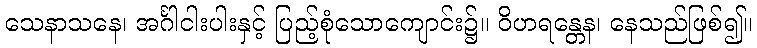
သေနာသနေ၊ အင်္ဂါငါးပါးနှင့် ပြည့်စုံသောကျောင်း၌။ ဝိဟရန္တေန၊ နေသည်ဖြစ်၍။